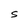
Character: S